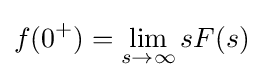
f(0^{+})=\lim _{s\to \infty }{sF(s)}